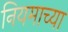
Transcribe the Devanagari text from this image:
नियमाच्या